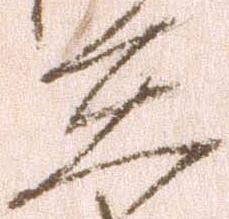
在